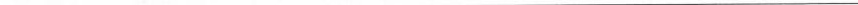
___